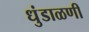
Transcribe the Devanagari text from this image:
धुंडाळणी